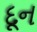
દૂન